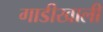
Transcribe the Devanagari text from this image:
गाडीखाली